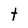
Character: t